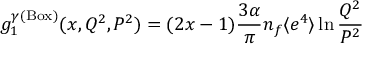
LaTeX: g _ { 1 } ^ { \gamma ( \mathrm { B o x } ) } ( x , Q ^ { 2 } , P ^ { 2 } ) = ( 2 x - 1 ) \frac { 3 \alpha } { \pi } n _ { f } \langle e ^ { 4 } \rangle \ln \frac { Q ^ { 2 } } { P ^ { 2 } }